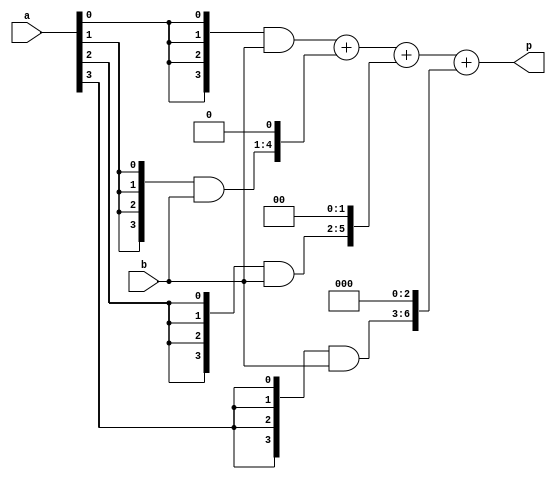
`timescale 1ns / 1ps
//////////////////////////////////////////////////////////////////////////////////
// Company: 
// Engineer: 
// 
// Design Name: 
// Module Name: multiplier
// Project Name: 
// Target Devices: 
// Tool Versions: 
// Description: 
// 
// Dependencies: 
// 
// Revision:
// Revision 0.01 - File Created
// Additional Comments:
// 
//////////////////////////////////////////////////////////////////////////////////

module multiplier(a,b,p); 
input [3:0] a,b;
wire [3:0]m0;
wire [4:0]m1;
wire [5:0]m2;
wire [6:0]m3;

wire [7:0] s1,s2,s3;
output [7:0] p;
assign m0 = {4{a[0]}} & b[3:0];
assign m1 = {4{a[1]}} & b[3:0];
assign m2 = {4{a[2]}} & b[3:0];
assign m3 = {4{a[3]}} & b[3:0];


assign s1 = m0+ (m1<<1);
assign s2 = s1+ (m2<<2);
assign s3 = s2+ (m3<<3);
assign p = s3;

endmodule